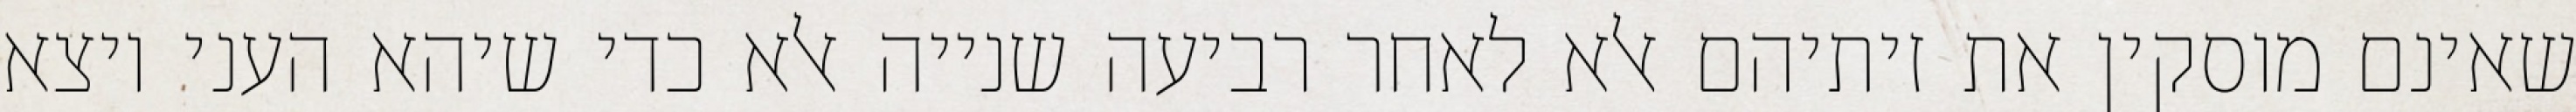
שאינם מוסקין את זיתיהם אלא לאחר רביעה שנייה אלא כדי שיהא העני יוצא